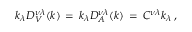
k _ { \lambda } D _ { V } ^ { \nu \lambda } ( k ) \, = \, k _ { \lambda } D _ { A } ^ { \nu \lambda } ( k ) \, = \, C ^ { \nu \lambda } k _ { \lambda } \, ,